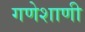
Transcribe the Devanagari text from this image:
गणेशाणी